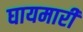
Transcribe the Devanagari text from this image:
घायमारी